DOW-UAP-D18, Mission Report, Iraq, December 2022
Agency: Department of War
Incident date: 12/1/22
Incident location: Iraq
Page 5
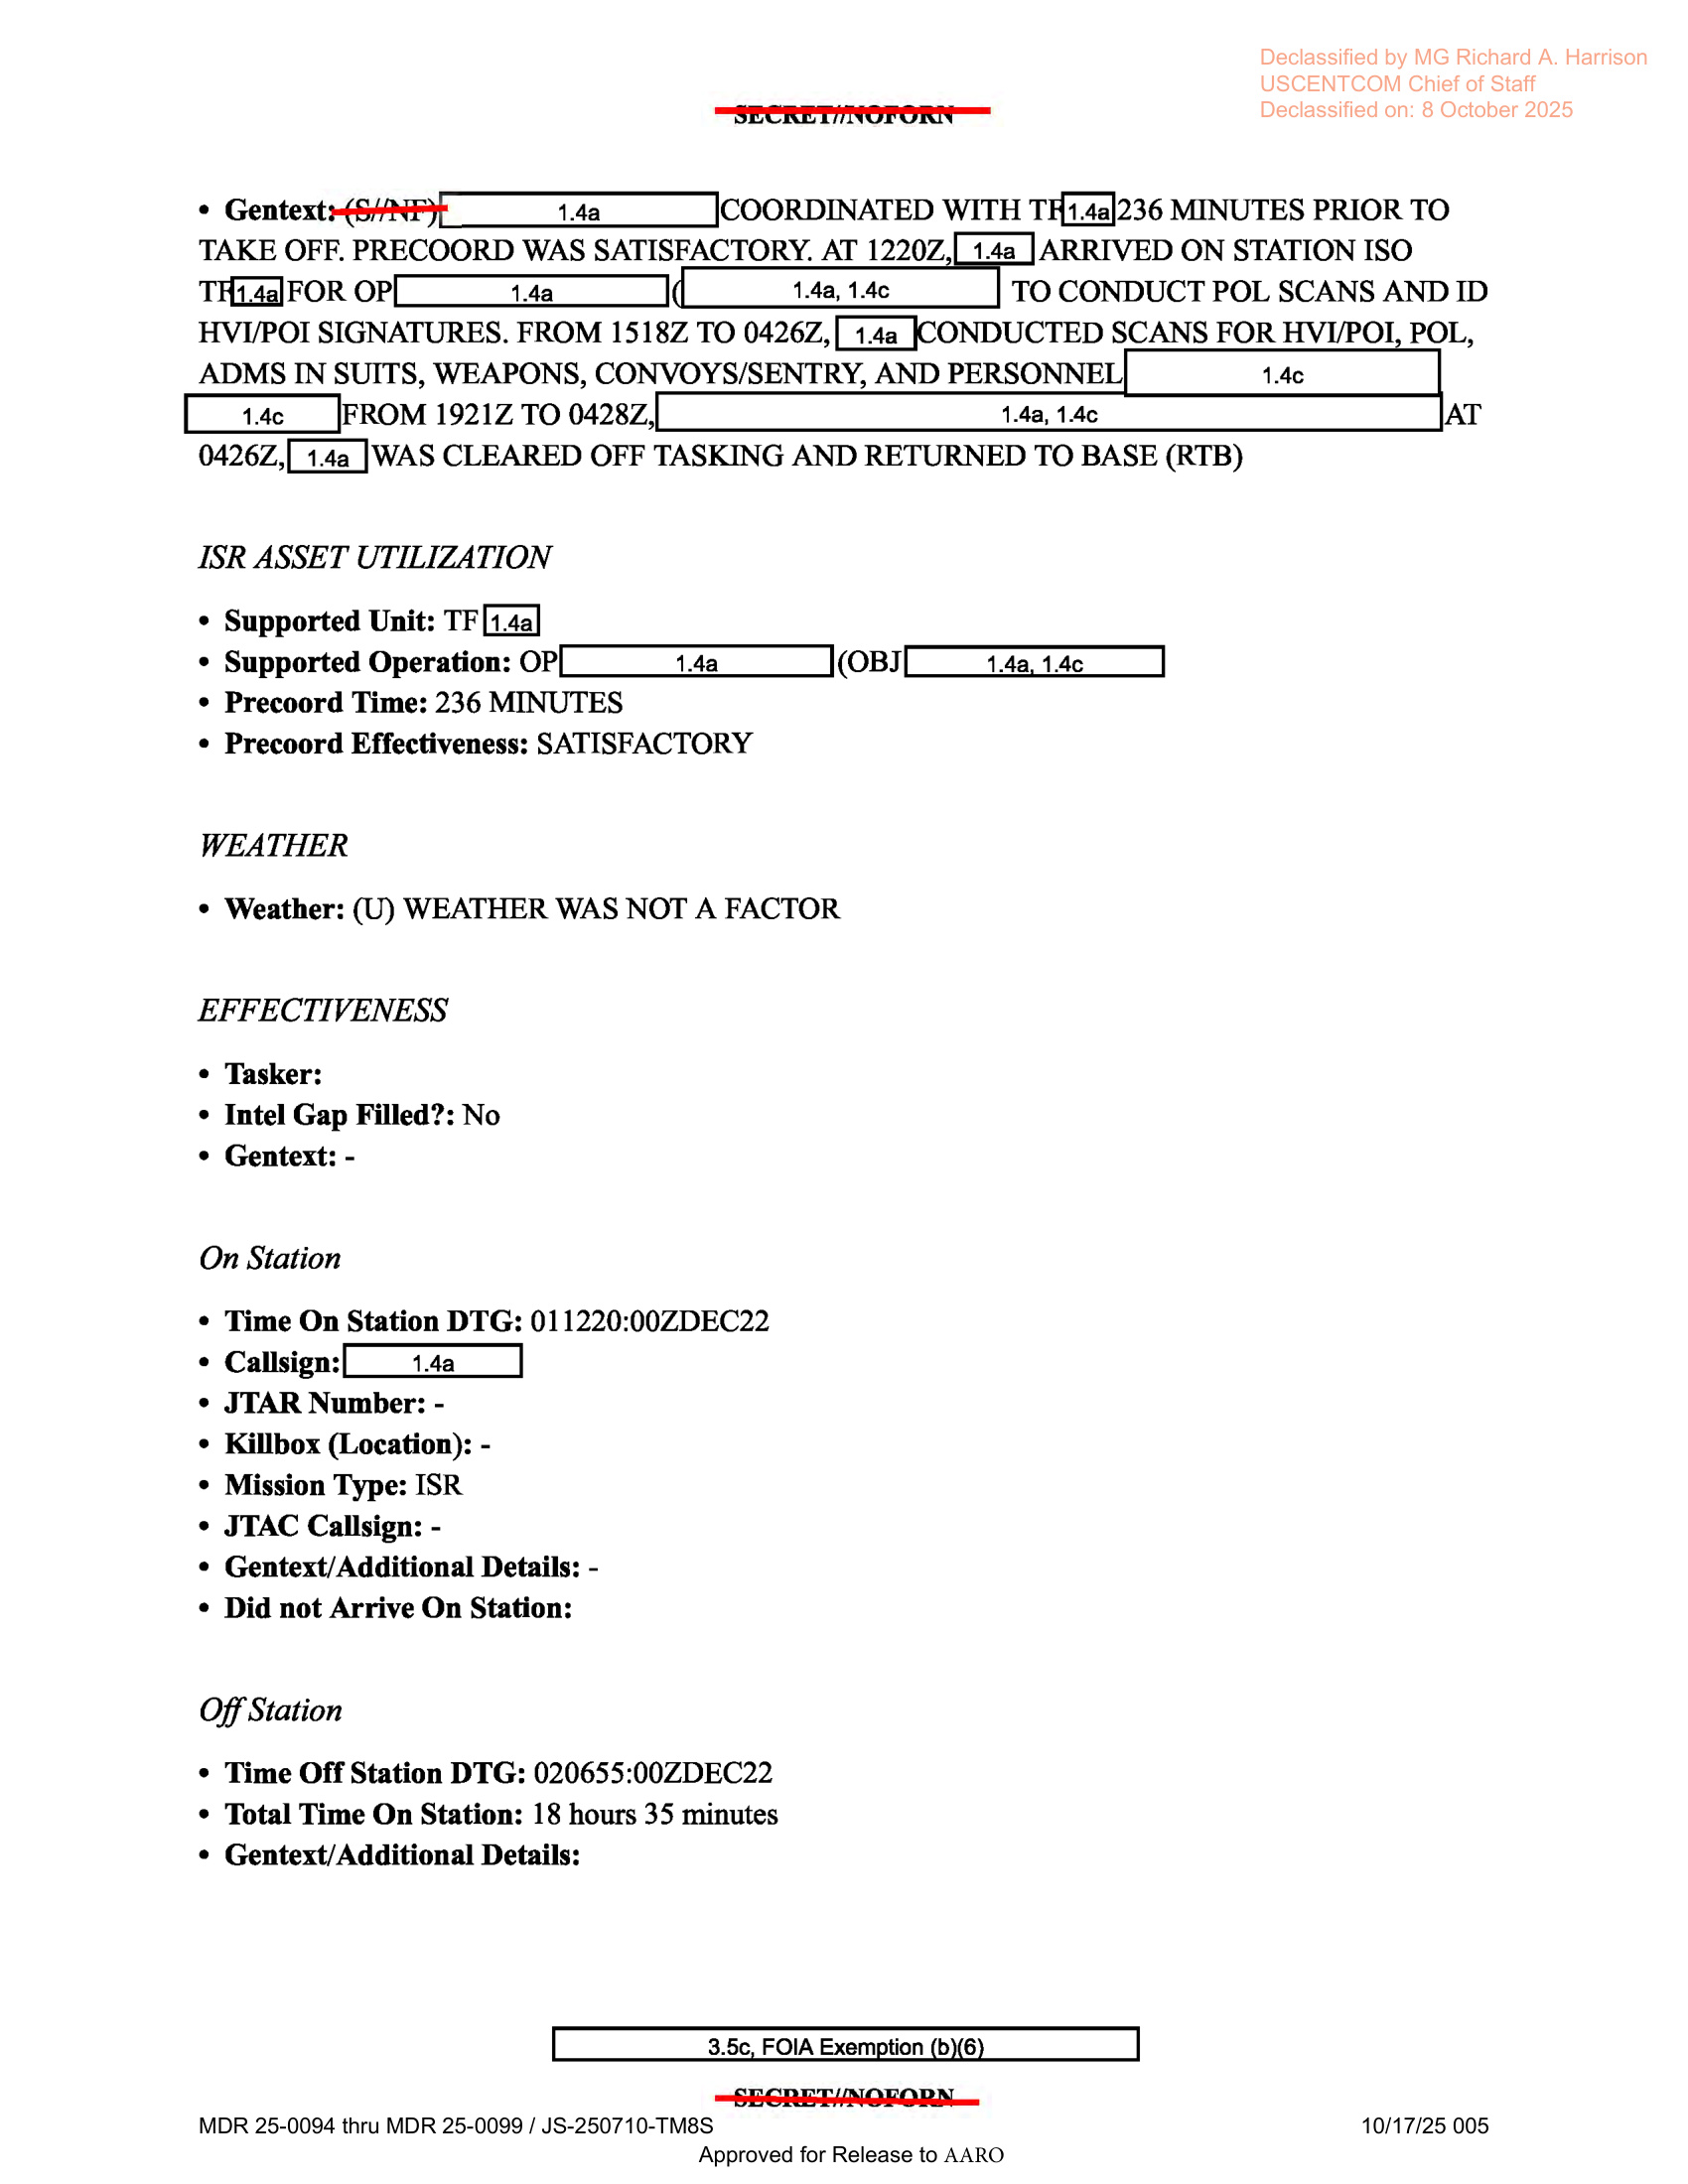